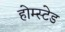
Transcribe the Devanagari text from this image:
होम्स्टेड